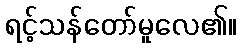
ရင့်သန်တော်မူလေ၏။